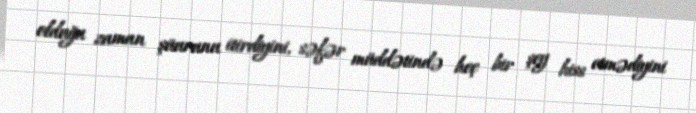
olduğu zaman şüurunu itirdiyini, səfər müddətində heç bir şey hiss etmədiyini